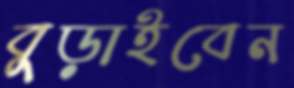
বুড়াইবেন